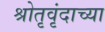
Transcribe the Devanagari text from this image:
श्रोतृवृंदाच्या